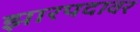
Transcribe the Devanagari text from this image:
झारपदावर